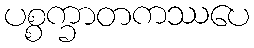
ပစ္စက္ခာတကဿပေ